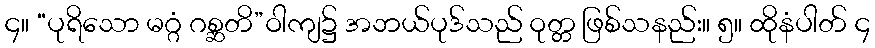
၄။ “ပုရိသော မဂ္ဂံ ဂစ္ဆတိ”ဝါကျ၌ အဘယ်ပုဒ်သည် ဝုတ္တ ဖြစ်သနည်း။ ၅။ ထိုနံပါတ် ၄